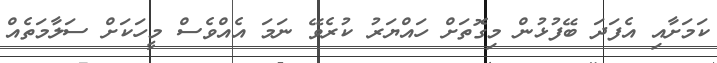
ކަމަށާއި އެފަދަ ބޭފުޅުން މިގޮތަށް ހައްޔަރު ކުރެވޭ ނަމަ އެއްވެސް މީހަކަށް ސަލާމަތެއް